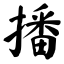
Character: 播